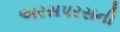
અરસપરસની